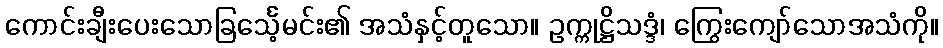
ကောင်းချီးပေးသောခြင်္သေ့မင်း၏ အသံနှင့်တူသော။ ဥက္ကုဋ္ဌိသဒ္ဒံ၊ ကြွေးကျော်သောအသံကို။